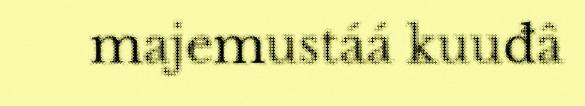
majemustáá kuuđâ